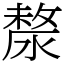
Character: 漦